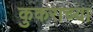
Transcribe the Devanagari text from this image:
कुकराच्या